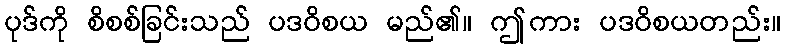
ပုဒ်ကို စိစစ်ခြင်းသည် ပဒဝိစယ မည်၏။ ဤကား ပဒဝိစယတည်း။